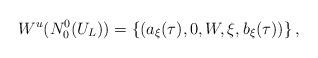
LaTeX: \begin{align*}W^u(N_0^0(U_L))=\{(a_\xi(\tau),0,W,\xi, b_\xi(\tau))\}\,,\end{align*}